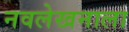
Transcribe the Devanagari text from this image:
नवलेखनाला